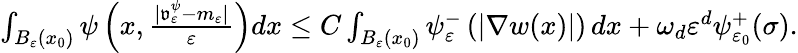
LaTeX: \begin{array}{r}{\int_{B_{\varepsilon}(x_{0})}\psi\left(x,\frac{|\mathfrak{v}_{\varepsilon}^{\psi}-m_{\varepsilon}|}{\varepsilon}\right)dx\leq C\int_{B_{\varepsilon}(x_{0})}\psi_{\varepsilon}^{-}\left(\left|\nabla w(x)\right|\right)\, dx+\omega_{d}\varepsilon^{d}\psi_{\varepsilon_{0}}^{+}(\sigma).}\end{array}